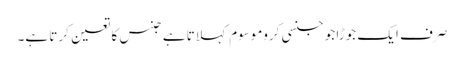
صرف ایک جوڑا جو جنسی کروموسوم کہلاتا ہے جنس کا تعین کرتا ہے۔